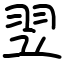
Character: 翌